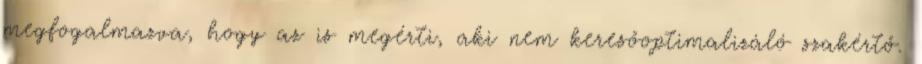
megfogalmazva, hogy az is megérti, aki nem keresőoptimalizáló szakértő.